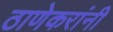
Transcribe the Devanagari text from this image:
ठाणेकरांनी